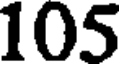
105